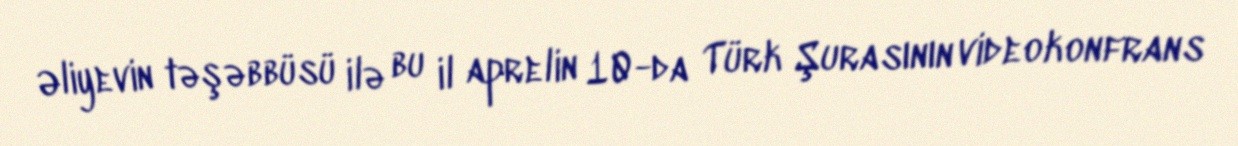
Əliyevin təşəbbüsü ilə bu il aprelin 10-da Türk Şurasının videokonfrans